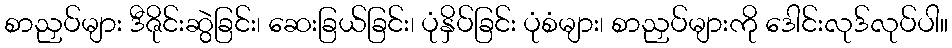
စာညှပ်များ ဒီဇိုင်းဆွဲခြင်း၊ ဆေးခြယ်ခြင်း၊ ပုံနှိပ်ခြင်း ပုံစံများ၊ စာညှပ်များကို ဒေါင်းလုဒ်လုပ်ပါ။